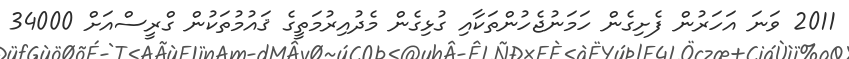
2011 ވަނަ އަހަރުން ފެށިގެން ހަމަނުޖެހުންތަކާއި ގުޅިގެން މެދުއިރުމަތީގެ ޤައުމުތަކުން ގްރީސްއަށް 34000